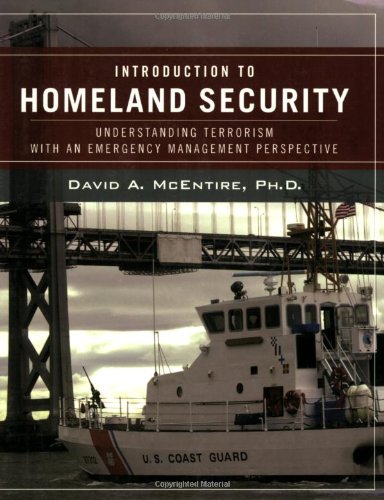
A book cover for Wiley Pathways Introduction to Homeland Security: Understanding Terrorism With an Emergency Management Perspective; David A. McEntire; Politics & Social Sciences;